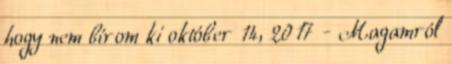
hogy nem bírom ki október 14, 2017 - Magamról